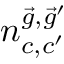
n _ { c , c ^ { \prime } } ^ { \vec { g } , \vec { g } ^ { \prime } }